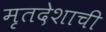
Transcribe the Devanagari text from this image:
मृतदेशाची